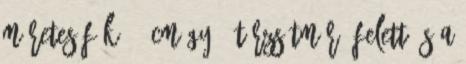
méretes fák 30 cm GY30 törzsátmérő felett és a